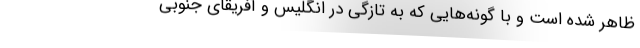
ظاهر شده است و با گونه‌هایی که به تازگی در انگلیس و آفریقای جنوبی